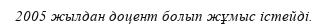
2005 жылдан доцент болып жұмыс істейді.